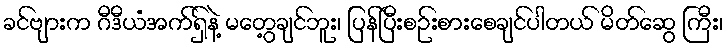
ခင်ဗျားက ဂီဒီယံအက်ရှ်နဲ့ မတွေ့ချင်ဘူး၊ ပြန်ပြီးစဉ်းစားစေချင်ပါတယ် မိတ်ဆွေ ကြီး၊